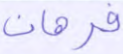
فرهان